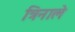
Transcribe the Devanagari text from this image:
त्रिनाले